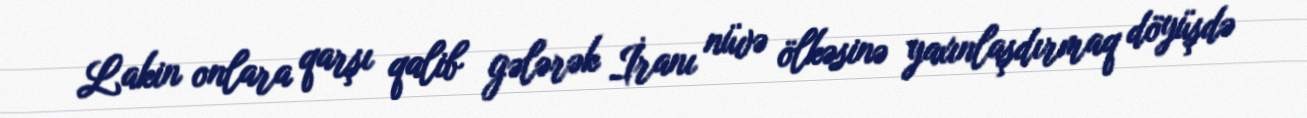
Lakin onlara qarşı qalib gələrək İranı nüvə ölkəsinə yaxınlaşdırmaq döyüşdə